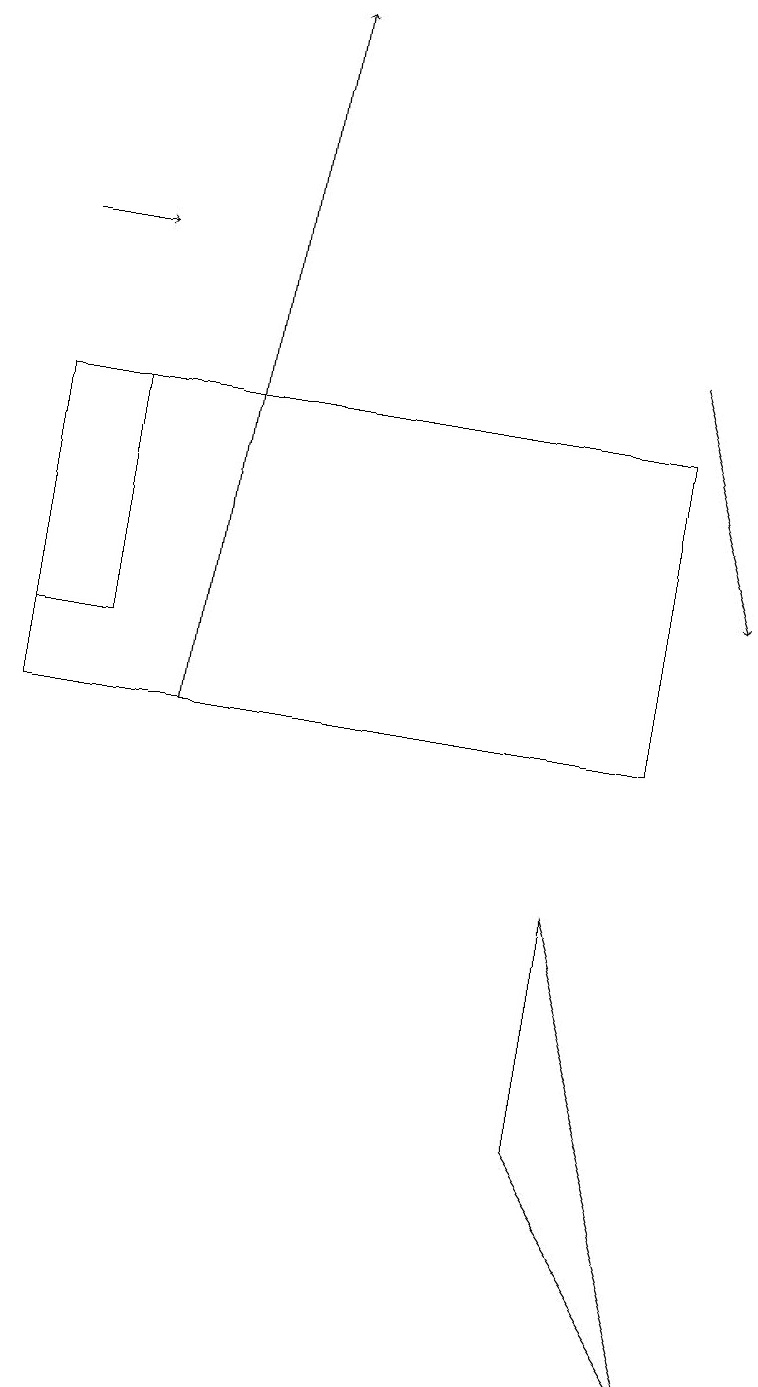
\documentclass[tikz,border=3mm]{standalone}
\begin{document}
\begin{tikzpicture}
\draw[->] (2,10) -- (3,19);
\draw (0,14) rectangle (8,10);
\draw[->] (0,16) -- (1,16);
\draw (1,14) rectangle (0,11);
\draw[->] (8,15) -- (9,12);
\draw (9,2) -- (7,8) -- (7,5) -- cycle;
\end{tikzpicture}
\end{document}